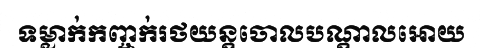
ទម្លាក់កញ្ចក់រថយន្តចោលបណ្តាលអោយ